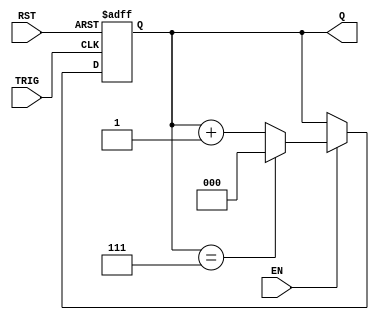
module mod_n_async_counter (
    input wire EN,     // Enable signal
    input wire RST,    // Reset signal
    input wire TRIG,   // Trigger signal for counting
    output reg [2:0] Q // 3-bit output for the counter
);

    // Asynchronous reset and counting logic
    always @(posedge TRIG or posedge RST) begin
        if (RST) begin
            Q <= 3'b000; // Reset the counter to 0
        end else if (EN) begin
            if (Q == 3'b111) begin
                Q <= 3'b000; // Reset to 0 after reaching 7 (N-1)
            end else begin
                Q <= Q + 1; // Increment the counter
            end
        end
    end

endmodule